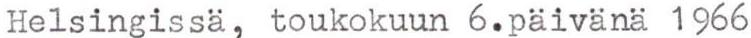
Helsingissä, toukokuun 6.päivänä 1966